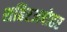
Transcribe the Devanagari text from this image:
शहिरअबोहर